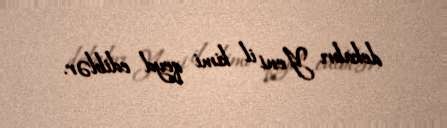
dekabrı Yeni il kimi qeyd ediblər.